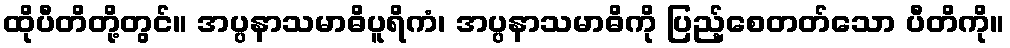
ထိုပီတိတို့တွင်။ အပ္ပနာသမာဓိပူရိကံ၊ အပ္ပနာသမာဓိကို ပြည့်စေတတ်သော ပီတိကို။